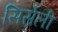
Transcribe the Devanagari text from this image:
सिस्रेली